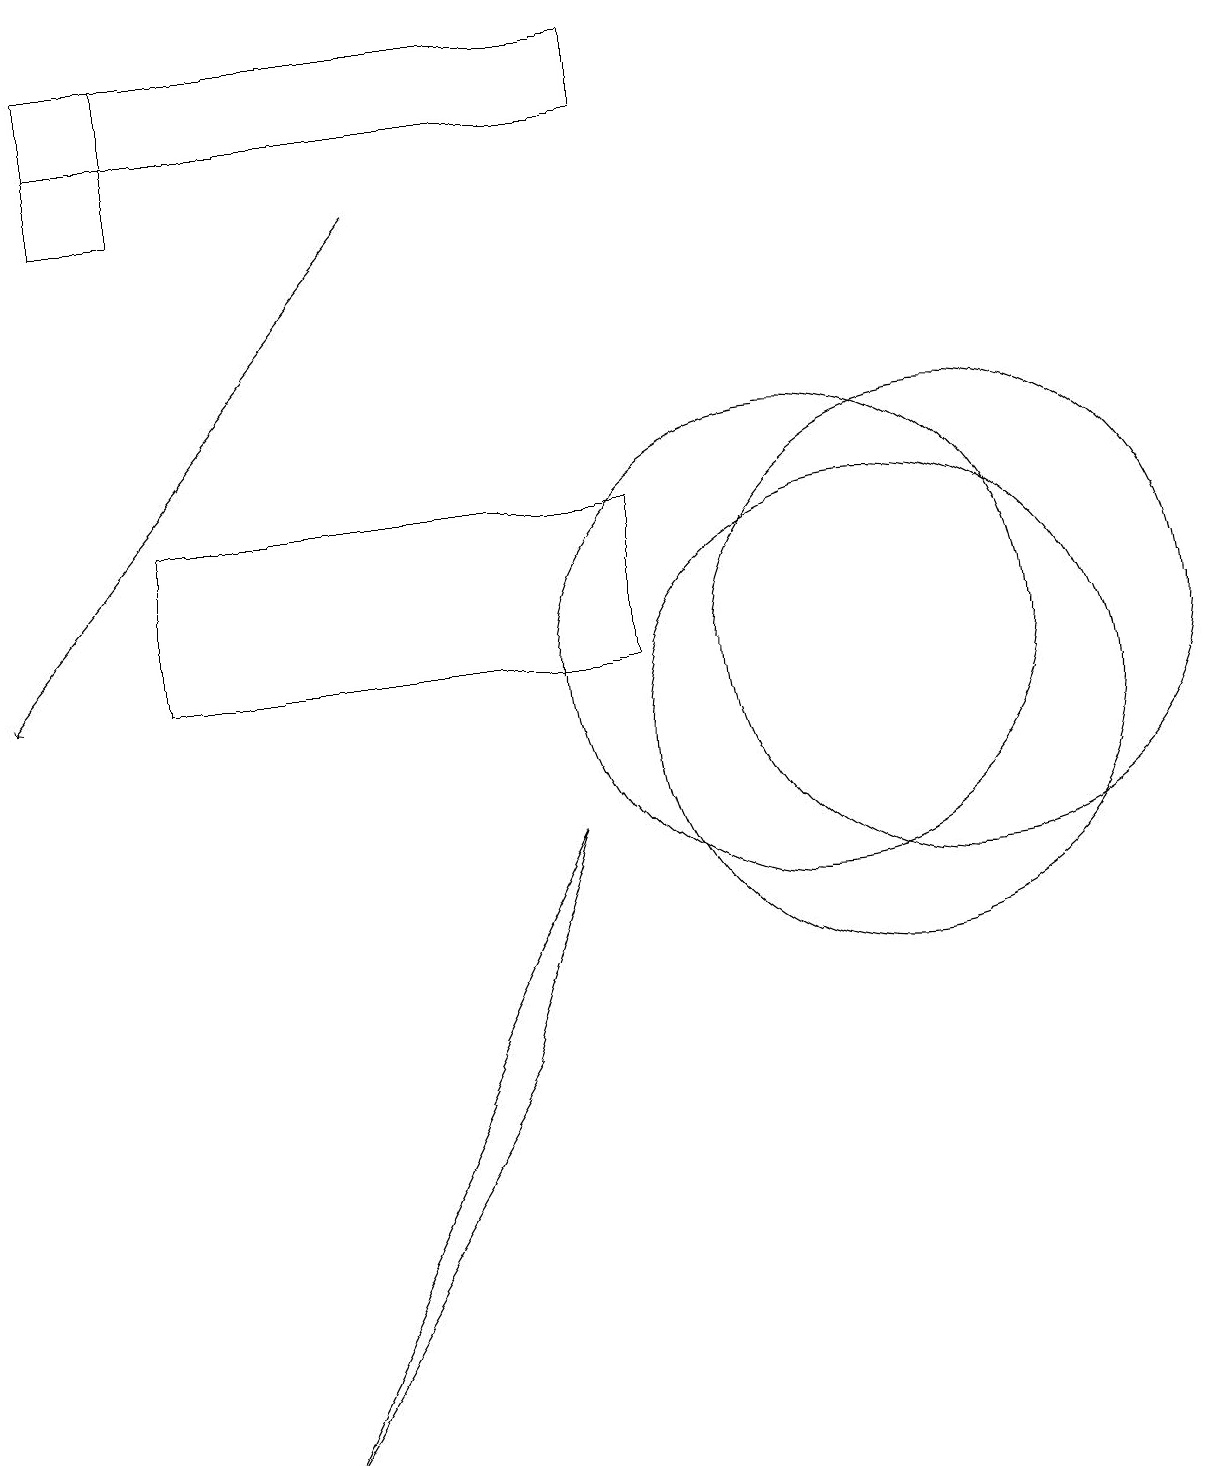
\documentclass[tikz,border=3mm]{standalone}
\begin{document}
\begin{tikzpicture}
\draw[->] (5,17) -- (0,11);
\draw (11,10) circle (3);
\draw (12,11) circle (3);
\draw (10,11) circle (3);
\draw (7,9) -- (6,6) -- (3,1) -- cycle;
\draw (2,11) rectangle (8,13);
\draw (8,18) rectangle (1,19);
\draw (2,19) rectangle (1,17);
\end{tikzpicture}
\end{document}